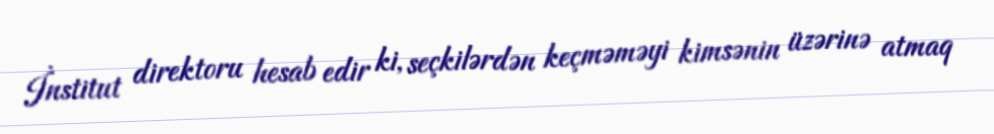
İnstitut direktoru hesab edir ki, seçkilərdən keçməməyi kimsənin üzərinə atmaq